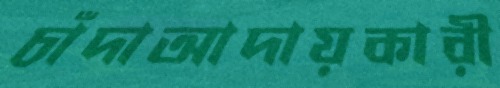
চাঁদাআদায়কারী